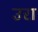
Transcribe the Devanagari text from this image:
उरा